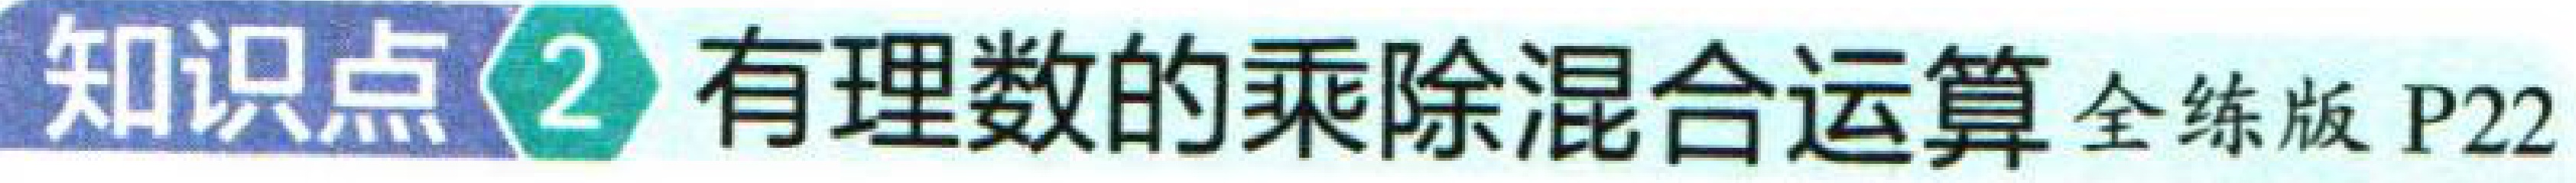
知识点2 有理数的乘除混合运算 全练版 P22